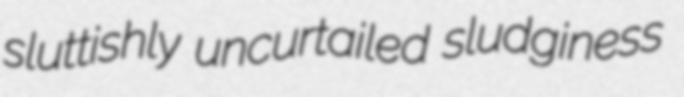
sluttishly uncurtailed sludginess